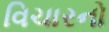
વિચારનો